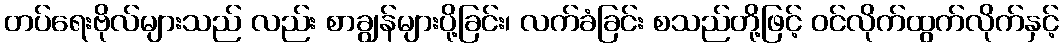
တပ်ရေးဗိုလ်များသည် လည်း စာချွန်များပို့ခြင်း၊ လက်ခံခြင်း စသည်တို့ဖြင့် ဝင်လိုက်ထွက်လိုက်နှင့်